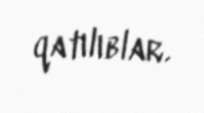
qatılıblar.